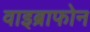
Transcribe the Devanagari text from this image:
वाइब्राफोन